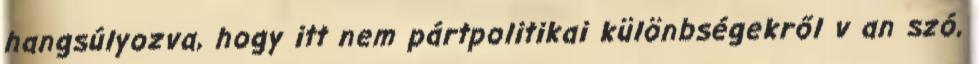
hangsúlyozva, hogy itt nem pártpolitikai különbségekről v an szó,